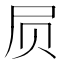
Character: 屃